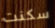
سكنت